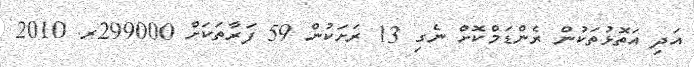
އަދި އަތޮޅުތަކުން ރެންޑަމްކޮށް ނެގި 13 ރަށަކުން 59 ފަރާތަކަށް 299000ރ. 2010